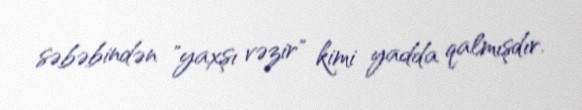
səbəbindən "yaxşı vəzir" kimi yadda qalmışdır.